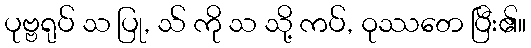
ပုဗ္ဗရုပ် သ ပြု, သ် ကို သ သို့ ကပ်, ဝုဿတေ ပြီး၏။